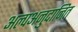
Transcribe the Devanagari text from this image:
अल्पअनुदानित